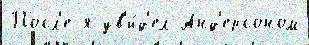
Посл'е я ув'и́д'ел Анд'ерсоном